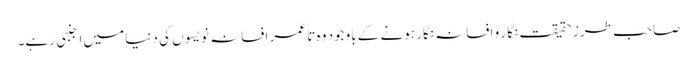
صاحبِ طرز حقیقت نگار و افسانہ نگار ہونے کے باوجود وہ تا عمر افسانہ نویسوں کی دنیا میں اجنبی رہے۔